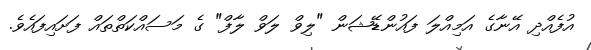
އުފެއްދި އޭނާގެ އަމިއްލަ ފައުންޑޭޝަން "ލިވް ލަވް ލާފް" ގެ މަސައްކަތްތައް ފަށައިފައެވެ.